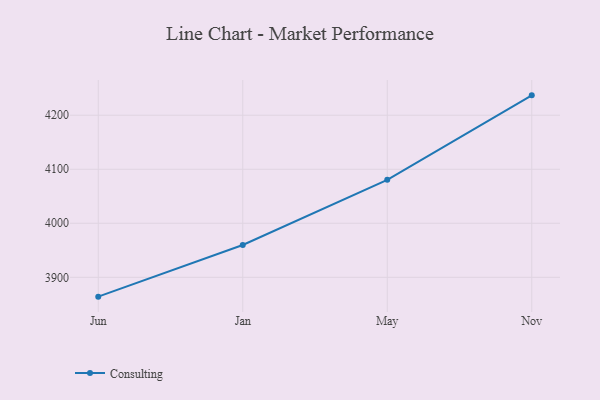
{"axis": {"x": "Month", "y": "Latency (ms)"}, "legend": ["Consulting"], "data": [{"x": "Jun", "y": 3864.2, "type": "Consulting"}, {"x": "Jan", "y": 3959.8, "type": "Consulting"}, {"x": "May", "y": 4080.4, "type": "Consulting"}, {"x": "Nov", "y": 4236.8, "type": "Consulting"}]}